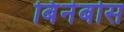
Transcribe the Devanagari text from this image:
बिंनेबोस